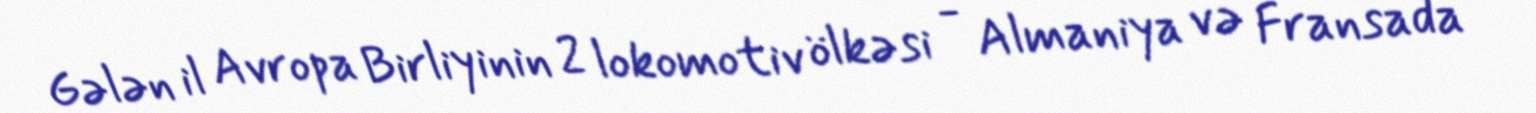
Gələn il Avropa Birliyinin 2 lokomotiv ölkəsi - Almaniya və Fransada